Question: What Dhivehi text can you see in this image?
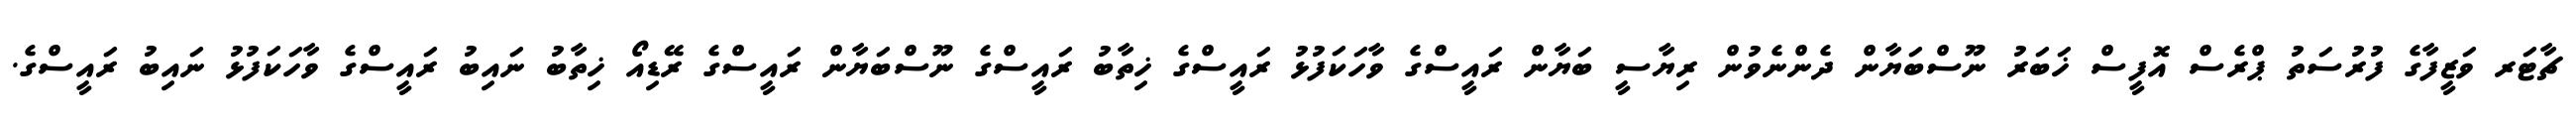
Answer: ޗާޓަރ ވަޒީފާގެ ފުރުސަތު ޕްރެސް އޮފީސް ޚަބަރު ނޫސްބަޔާން ދެންނެވުން ރިޔާސީ ބަޔާން ރައީސްގެ ވާހަކަފުޅު ރައީސްގެ ޚިތާބު ރައީސްގެ ނޫސްބަޔާން ރައީސްގެ ރޭޑިއޯ ޚިތާބު ނައިބު ރައީސްގެ ވާހަކަފުޅު ނައިބު ރައީސްގެ.